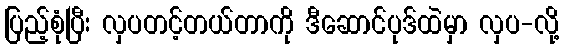
ပြည့်စုံပြီး လှပတင့်တယ်တာကို ဒီဆောင်ပုဒ်ထဲမှာ လှပ-လို့